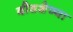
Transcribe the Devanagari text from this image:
दीडशेव्या